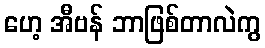
ဟေ့ အီဗန် ဘာဖြစ်တာလဲကွ